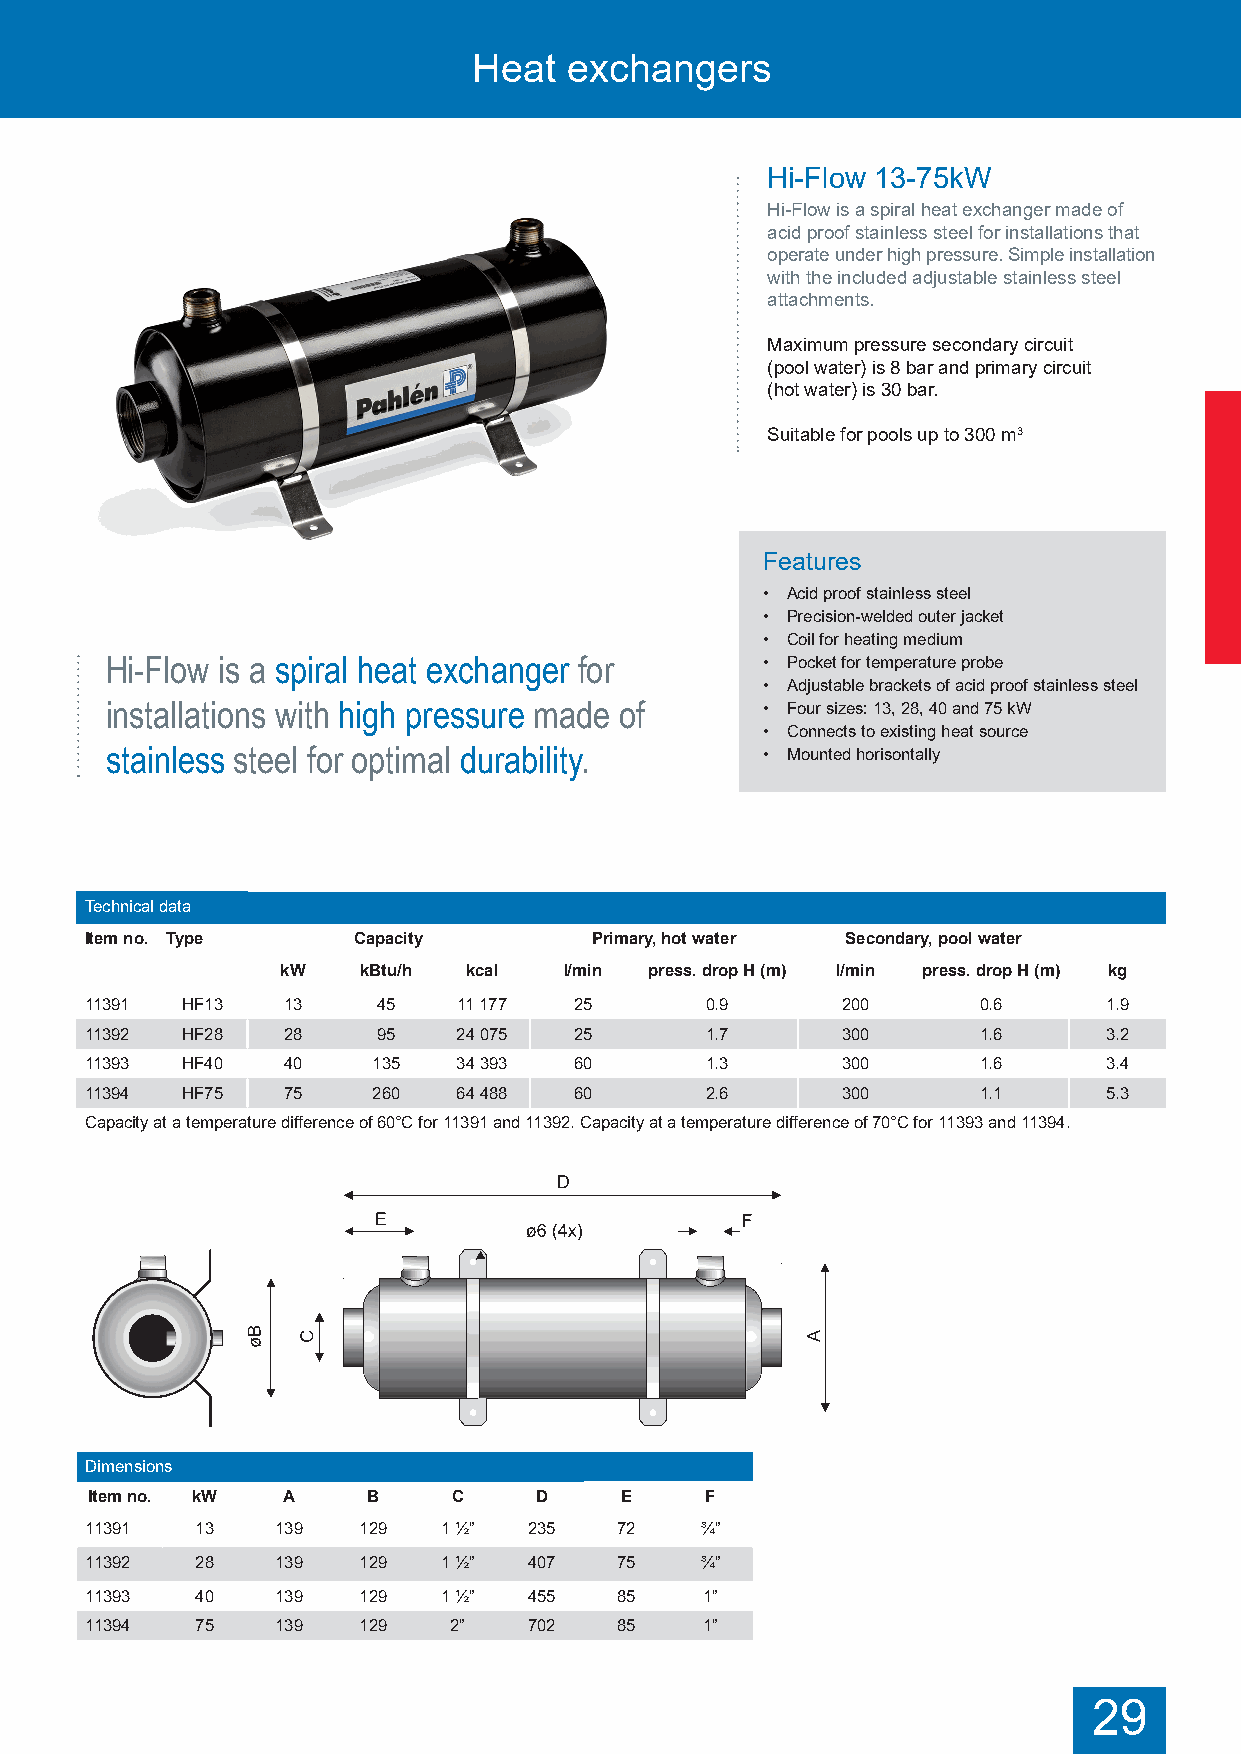
Heat   exchangers
 Hi-Flow 13-75kW
 Hi-Flow is a spiral heat exchanger made of
 acid proof stainless steel for installations that
 operate under high pressure. Simple installation
 with the included adjustable stainless steel
 attachments.
 Maximum pressure secondary circuit
 (pool water) is 8 bar and primary circuit
 (hot water) is 30 bar.
 Suitable for pools up to 300 m3
 Features
 • Acid proof stainless steel
 • Precision-welded outer jacket
 • Coil for heating medium
 Hi-Flow is a spiral heat exchanger for     • Pocket for temperature probe
 • Adjustable brackets of acid proof stainless steel
 installations with high pressure made of   • Four sizes: 13, 28, 40 and 75 kW
 • Connects to existing heat source
 stainless steel for optimal durability.    • Mounted horisontally
 Technical data
 Item no. Type    Capacity        Primary, hot water Secondary, pool water
 kW   kBtu/h kcal  l/min press. drop H (m) l/min press. drop H (m) kg
 11391 HF13   13    45   11 177  25       0.9      200      0.6     1.9
 11392 HF28   28    95   24 075  25       1.7      300      1.6     3.2
 11393 HF40   40    135  34 393  60       1.3      300      1.6     3.4
 11394 HF75   75    260  64 488  60       2.6      300      1.1     5.3
 Capacity at a temperature difference of 60°C for 11391 and 11392. Capacity at a temperature difference of 70°C for 11393 and 11394.
 Dimensions
 Item no. kW  A    B     C    D     E     F
 11391  13   139   129  1 ½”  235   72   ¾”
 11392  28   139   129  1 ½”  407   75   ¾”
 11393  40   139   129  1 ½”  455   85    1”
 11394  75   139   129   2”   702   85    1”
 29